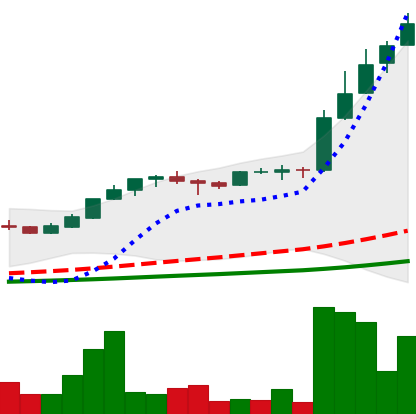
Ticker: LTC-USD
Chart end date: 2017-05-07
Forward return: -9.363%
Label: down_7plus